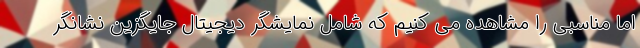
اما مناسبی را مشاهده می کنیم که شامل نمایشگر دیجیتال جایگزین نشانگر